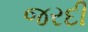
જરદી